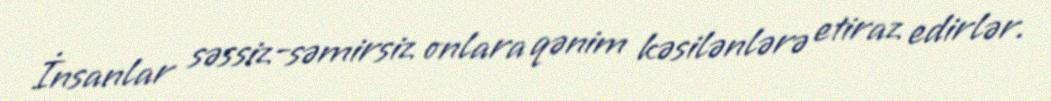
İnsanlar səssiz-səmirsiz onlara qənim kəsilənlərə etiraz edirlər.